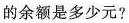
的余额是多少元?